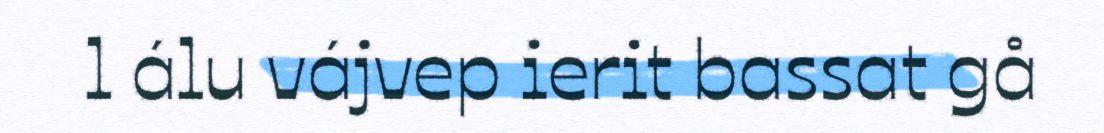
l álu vájvep ierit bassat gå